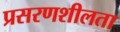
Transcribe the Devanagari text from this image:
प्रसरणशीलता